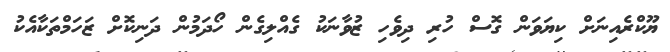
ޔޫކްރެއިނަށް ކިޔަވަން ގޮސް ހުރި ދިވެހި ޒުވާނަކު ގެއްލިގެން ހޯދަމުން ދަނިކޮށް ޒަހަމްތަކާއެކު